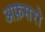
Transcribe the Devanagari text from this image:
अफ़सरो